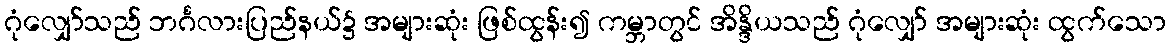
ဂုံလျှော်သည် ဘင်္ဂလားပြည်နယ်၌ အများဆုံး ဖြစ်ထွန်း၍ ကမ္ဘာတွင် အိန္ဒိယသည် ဂုံလျှော် အများဆုံး ထွက်သော